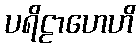
ပရိဠာဟေဟိ